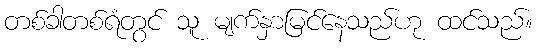
တစ်ခါတစ်ရံတွင် သူ မျက်နှာမြင်နေသည်ဟု ထင်သည်။